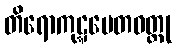
တိရောကုဋ္ဋပေတဝတ္ထု